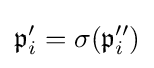
{\mathfrak {p}}'_{i}=\sigma ({\mathfrak {p}}''_{i})